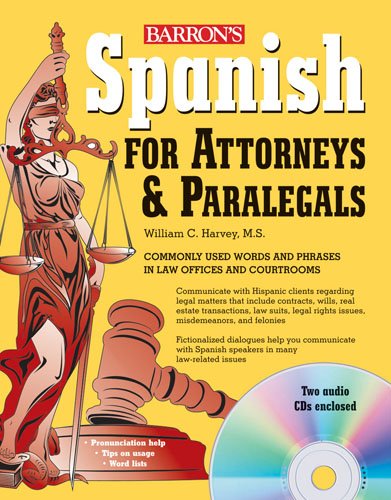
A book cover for Spanish for Attorneys and Paralegals with Audio CDs; William Harvey; Law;